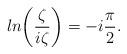
LaTeX: \begin{align*}ln\biggl({\zeta\over{i\zeta}}\biggr)=-i{\pi\over2}.\end{align*}